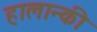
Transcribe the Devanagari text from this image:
हालान्की